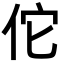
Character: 佗